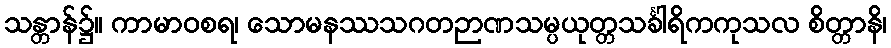
သန္တာန်၌။ ကာမာဝစရ၊ သောမနဿသဂတဉာဏသမ္ပယုတ္တသင်္ခါရိကကုသလ စိတ္တာနိ၊